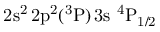
\mathrm { 2 s ^ { 2 } \, 2 p ^ { 2 } ( ^ { 3 } P ) \, 3 s ~ ^ { 4 } P _ { 1 / 2 } }